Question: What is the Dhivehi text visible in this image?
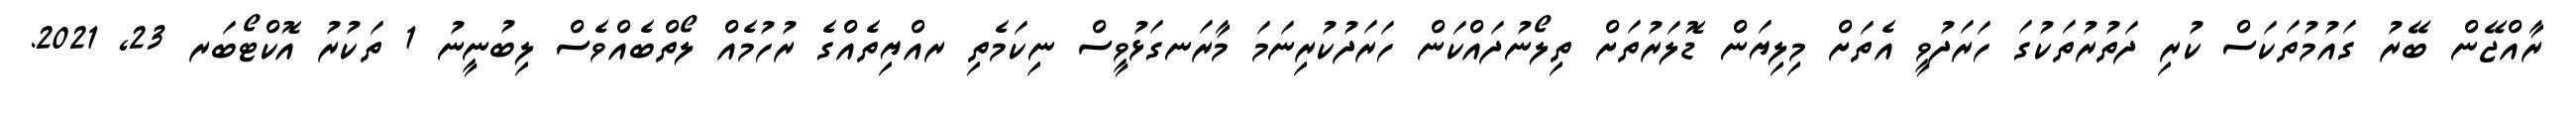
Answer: ރާއްޖޭން ބޭރު ގައުމުތަކަސް ކުރި ދަތުރުތަކުގަ ހަރަދުވީ އެތަށް މިލިޔަން ޑޮލަރުތަށް ތިލޯނުދައްކަން ހަރަދުކުރިނަމަ މާރަނގަޅުވީސް ނިކަމެތި ރއްޔިތެއްގެ ރުހުމެއް ލޯތްބެއްވެސް ލިބުނީނު 1 ތަކުރު އޮކްޓޯބަރ 23, 2021.